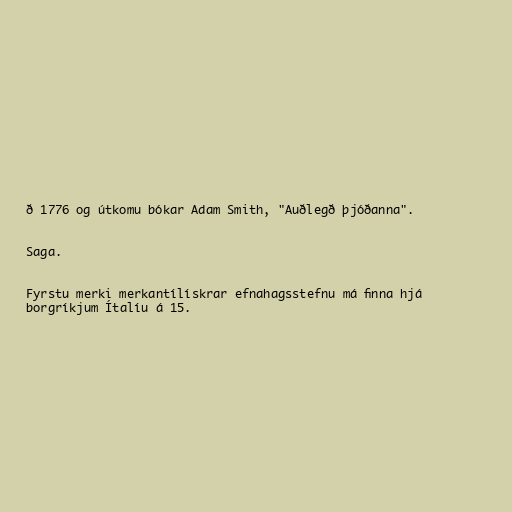
ð 1776 og útkomu bókar Adam Smith, "Auðlegð þjóðanna".

Saga.

Fyrstu merki merkantílískrar efnahagsstefnu má finna hjá
borgríkjum Ítalíu á 15.